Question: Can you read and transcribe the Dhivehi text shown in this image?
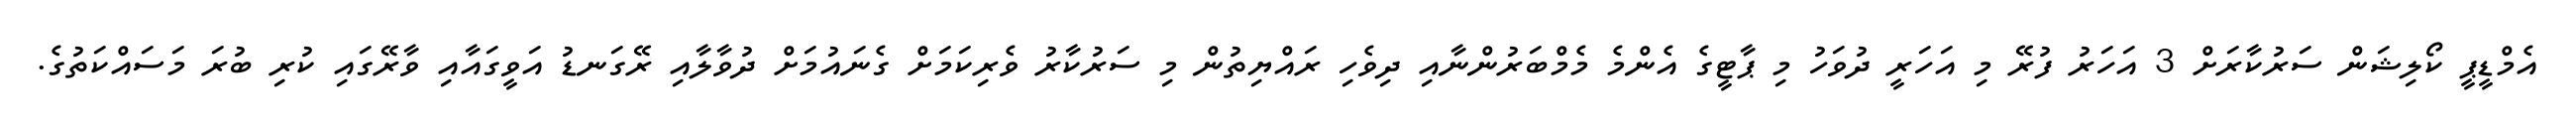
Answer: އެމްޑީޕީ ކޯލިޝަން ސަރުކާރަށް 3 އަހަރު ފުރޭ މި އަހަރީ ދުވަހު މި ޕާޓީގެ އެންމެ މެމްބަރުންނާއި ދިވެހި ރައްޔިތުން މި ސަރުކާރު ވެރިކަމަށް ގެނައުމަށް ދުވާލާއި ރޭގަނޑު އަވީގައާއި ވާރޭގައި ކުރި ބުރަ މަސައްކަތުގެ.